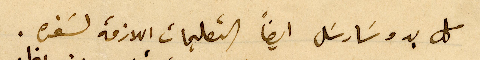
كل بدو سَارسَل ايضاً التعليمات اللازمة لسَفره.